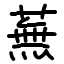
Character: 蕪